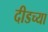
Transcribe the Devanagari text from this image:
दीडच्या